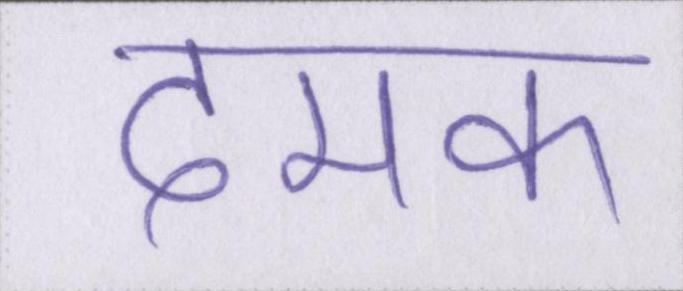
दमक